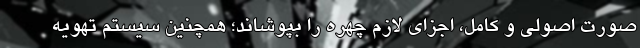
صورت اصولی و کامل، اجزای لازم چهره را بپوشاند؛ همچنین سیستم تهویه